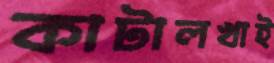
কাটালখাই